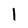
Character: 1